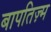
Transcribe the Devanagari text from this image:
बापतिज़्म